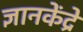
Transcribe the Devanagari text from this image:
ज्ञानकेंद्रे